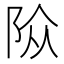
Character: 𨹊